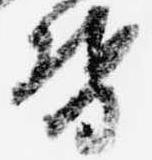
督